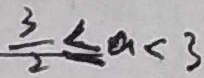
\frac { 3 } { 2 } \leq a < 3